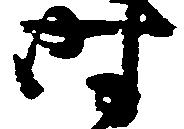
時